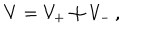
LaTeX: V = V _ { + } \oplus V _ { - } \, ,